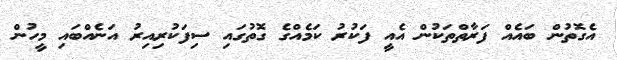
އެގޮތުން ބައެއް ފަރާތްތަކުން އެއީ ފަކުރު ކަމެއްގެ ގޮތުގައި ސިފަކުރިއިރު އަނެއްބައި މީހުން